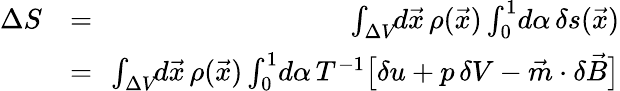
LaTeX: \begin{array}{rlr}{\Delta S}&{=}&{\! \! \int_{\Delta V}\! \! d\vec{x}\, \rho(\vec{x})\int_{0}^{1}\! d\alpha\, \delta s(\vec{x})}\\ &{=}&{\! \! \int_{\Delta V}\! \! d\vec{x}\, \rho(\vec{x})\int_{0}^{1}\! d\alpha\, T^{-1}\big[\delta u+p\, \delta V-\vec{m}\cdot\delta\vec{B}\big]}\end{array}